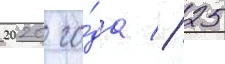
2020 го́да // 25